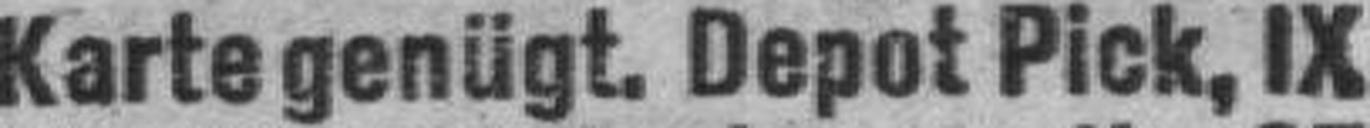
Karte genügt. Depot Pick, IX